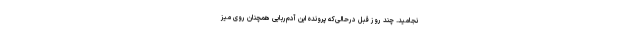
نجامید. چند روز قبل درحالی‌که پرونده این آدم‌ربایی همچنان روی میز